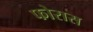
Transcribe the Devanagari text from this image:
फोरास